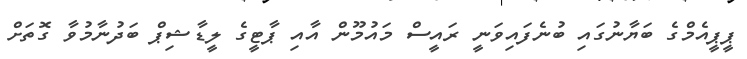
ޕީޕީއެމްގެ ބަޔާނުގައި ބުނެފައިވަނީ ރައީސް މައުމޫން އާއި ޕާޓީގެ ލީޑާޝިޕް ބަދުނާމުވާ ގޮތަށް